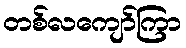
တစ်လကျော်ကြာ